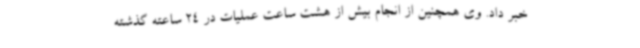
خبر داد. وی همچنین از انجام بیش از هشت ساعت عملیات در 24 ساعته گذشته